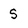
Character: s